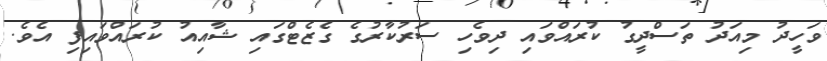
ވަހީދު މިއަދު ތަސްދީގު ކުރައްވައި ދިވެހި ސަރުކާރުގެ ގެޒެޓްގައި ޝާއިއު ކުރައްވައިފި އެވެ.